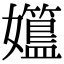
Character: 孂